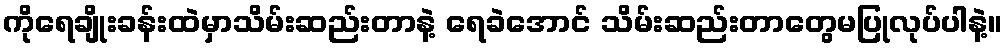
ကိုရေချိုးခန်းထဲမှာသိမ်းဆည်းတာနဲ့ ရေခဲအောင် သိမ်းဆည်းတာတွေမပြုလုပ်ပါနဲ့။